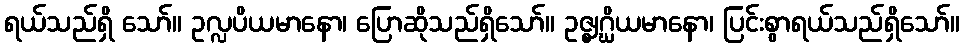
ရယ်သည်ရှိ သော်။ ဥလ္လပိယမာနော၊ ပြောဆိုသည်ရှိသော်။ ဥဇ္ဈဂ္ဃိယမာနော၊ ပြင်းစွာရယ်သည်ရှိသော်။